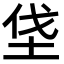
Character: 垡